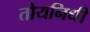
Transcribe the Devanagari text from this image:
तोयनिधी